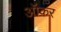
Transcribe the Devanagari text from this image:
ऑकर